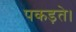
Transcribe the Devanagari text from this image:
पकड़ते।